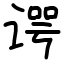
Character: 谔